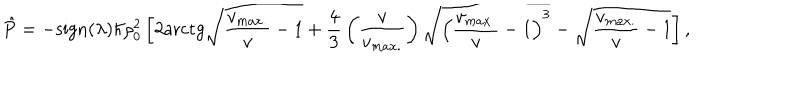
\hat { P } = - \mathrm { s i g n } ( \lambda ) \hbar \rho _ { 0 } ^ { 2 } \left[ 2 \mathrm { a r c t g } \sqrt { { \frac { v _ { m a x . } } { v } } - 1 } + { \frac { 4 } { 3 } } \left( { \frac { v } { v _ { m a x . } } } \right) \sqrt { \left( { \frac { v _ { m a x . } } { v } } - 1 \right) ^ { 3 } } - \sqrt { { \frac { v _ { m a x . } } { v } } - 1 } \right] ,